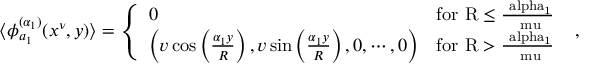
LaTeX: \langle \phi _ { a _ { 1 } } ^ { ( \alpha _ { 1 } ) } ( x ^ { \nu } , y ) \rangle = \left\{ \begin{array} { l r } { { 0 } } & { { \mathrm { f o r ~ R \leq \frac { \ a l p h a _ { 1 } } { \ m u } ~ } } } \\ { { \left( v \cos \left( \frac { \alpha _ { 1 } y } { R } \right) , v \sin \left( \frac { \alpha _ { 1 } y } { R } \right) , 0 , \cdots , 0 \right) } } & { { \mathrm { f o r ~ R > \frac { \ a l p h a _ { 1 } } { \ m u } ~ } } } \end{array} \right. ,